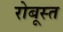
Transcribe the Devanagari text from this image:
रोबूस्त